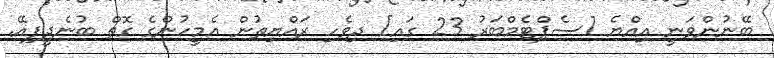
ބޭނުންވަނީ އިއްޔެ [ސެޕްޓެމްބަރު 23 ގައި] ދިވެހި ރައްޔިތުން އެމީހުންގެ ގޮތް ބުނެދީފިއޭ.